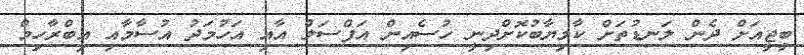
ބީޖީއަށް ދެން ލަނޑުތަށް ކާމިޔާބުކޮށްދިނީ ހުސެއިން އަފްސަލް އާއި އަހުމަދު އުސާމާއި އިބްރާހިމް